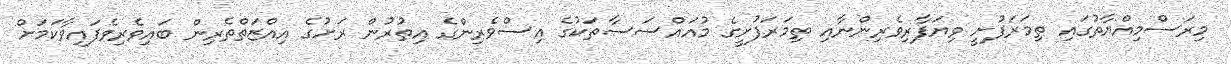
މިރަސްމިއްޔާތުގައި ތިމަރަފުށީ ވިޔަފާރިވެރިންނާއި ތިމަރަފުށީގެ މުއައްސަސާތަކުގެ އިސްވެރިންގެ އިތުރުން ރަށުގެ އިއްޒަތްތެރިން ބައިވެރިވެފައިވާކަމަށް